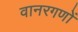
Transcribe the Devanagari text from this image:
वानरगणों